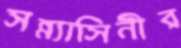
সন্ন্যাসিনীর